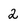
Character: 2